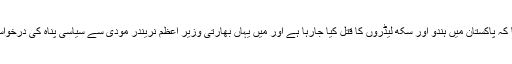
ان کا کہنا تھا کہ پاکستان میں ہندو اور سکھ لیڈروں کا قتل کیا جارہا ہے اور میں یہاں بھارتی وزیر اعظم نریندر مودی سے سیاسی پناہ کی درخواست کروں گا۔